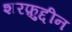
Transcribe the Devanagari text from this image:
शरफ़ुद्दीन